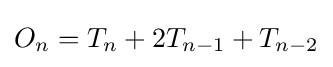
O_{n}=T_{n}+2T_{n-1}+T_{n-2}